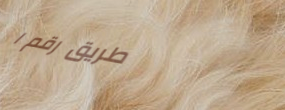
طريق رقم ١